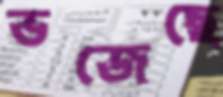
ভজেছে